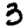
Digit: 3